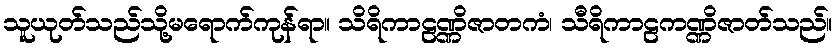
သူယုတ်သည်သို့မရောက်ကုန်ရာ။ သိရိကာဠဏ္ဏိဇာတကံ၊ သီရိကာဠကဏ္ဏိဇာတ်သည်။